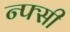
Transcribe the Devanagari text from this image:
न्फ्सी